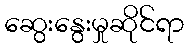
ဆွေးနွေးမှုဆိုင်ရာ